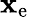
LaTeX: \mathbf{x}_{\mathrm{{e}}}